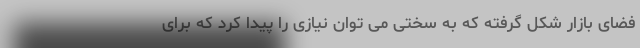
فضای بازار شکل گرفته که به سختی می توان نیازی را پیدا کرد که برای